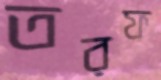
তরফ